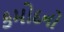
કમોદનો